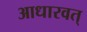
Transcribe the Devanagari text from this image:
आधारवत्